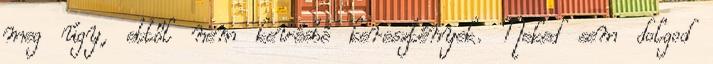
meg úgy, ettől nem kevésbé keresztények. Neked sem dolgod